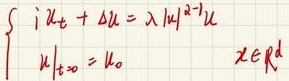
\[
\begin{cases}
i u_t + \Delta u = \lambda |u|^{2\sigma} u \\
\left. u \right|_{t = 0} = u_0
\end{cases}
\quad x \in \mathbb{R}^d
\]